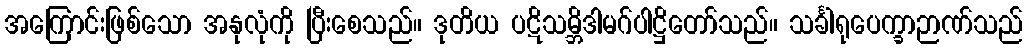
အကြောင်းဖြစ်သော အနုလုံကို ပြီးစေသည်။ ဒုတိယ ပဋိသမ္ဘိဒါမဂ်ပါဋ္ဌိတော်သည်။ သင်္ခါရုပေက္ခာဉာဏ်သည်